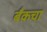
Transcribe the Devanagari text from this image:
बँकचा